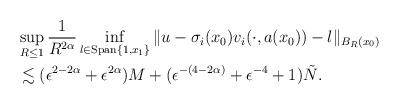
LaTeX: \begin{align*}& \sup_{R \leq 1} \frac{1}{R^{2\alpha}} \displaystyle\inf_{l \in \textrm{Span}\{1, x_1 \}} \| u - \sigma_i(x_0) v_{i}(\cdot, a(x_0)) - l \|_{B_R(x_0)}\\& \lesssim (\epsilon^{2 - 2\alpha} + \epsilon^{2 \alpha} ) M + (\epsilon^{-(4-2\alpha)} + \epsilon^{-4}+1)\tilde{N}.\end{align*}